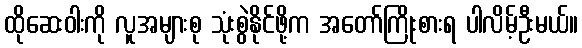
ထိုဆေးဝါးကို လူအများစု သုံးစွဲနိုင်ဖို့က အတော်ကြိုးစားရ ပါလိမ့်ဦးမယ်။